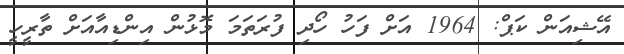
އޭޝިއަން ކަޕް: 1964 އަށް ފަހު ހޯދި ފުރަތަމަ މޮޅުން އިންޑިއާއަށް ތާރީހީ